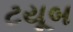
ટયૂબ